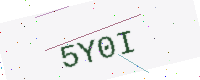
Text: 5Y0I